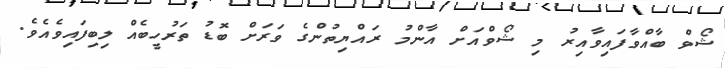
ޝޯވް ބާއްވާފައިވާއިރު މި ޝޯވްއަށް އާންމު ރައްޔިތުންގެ ވަރަށް ބޮޑު ތަރުހީބެއް ލިބިފައިވެއެވެ.